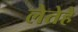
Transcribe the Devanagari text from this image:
लेतेहै